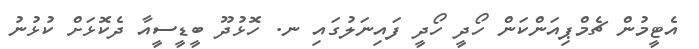
އެޓީމުން ޗެމްޕިއަންކަން ހޯދީ ހޯދީ ފައިނަލުގައި ނ. ހޮޅުދޫ ބީޑީސީއާ ދެކޮޅަށް ކުޅުނު